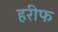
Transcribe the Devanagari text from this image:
हरीफ